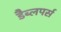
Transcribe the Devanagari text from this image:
डैब्लपर्स